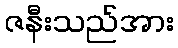
ဇနီးသည်အား